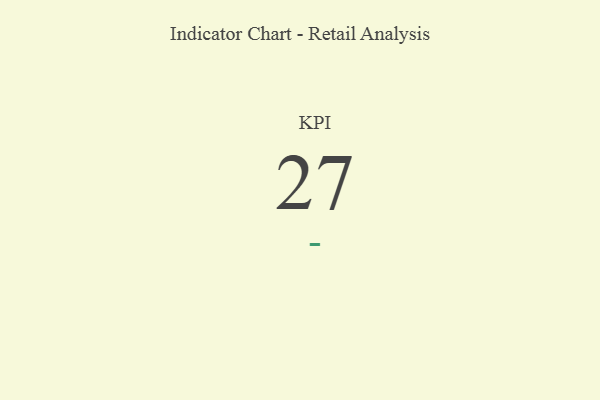
{"axis": {"x": "KPI", "y": "Value"}, "legend": [""], "data": [{"x": "KPI", "y": 27, "type": ""}]}